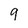
Character: 9